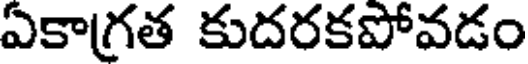
ఏకాగ్రత కుదరకపోవడం